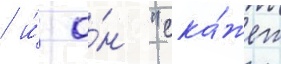
/ и́ о́н "ска́жет